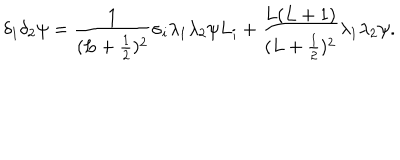
\delta _ { 1 } \delta _ { 2 } \psi = \frac { 1 } { ( L + \frac { 1 } { 2 } ) ^ { 2 } } \sigma _ { i } \lambda _ { 1 } \lambda _ { 2 } \psi L _ { i } + \frac { L ( L + 1 ) } { ( L + \frac { 1 } { 2 } ) ^ { 2 } } \lambda _ { 1 } \lambda _ { 2 } \psi .